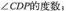
∠CDP的度数；